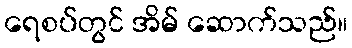
ရေစပ်တွင် အိမ် ဆောက်သည်။